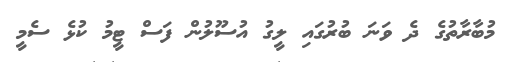
މުބާރާތުގެ ދެ ވަނަ ބުރުގައި ލީގު އުސޫލުން ފަސް ޓީމު ކުޅެ ސެމީ